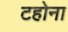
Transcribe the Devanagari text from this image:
टहोना